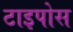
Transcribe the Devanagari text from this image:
टाइपोस